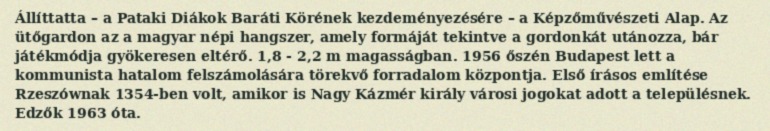
Állíttatta – a Pataki Diákok Baráti Körének kezdeményezésére – a Képzőművészeti Alap. Az ütőgardon az a magyar népi hangszer, amely formáját tekintve a gordonkát utánozza, bár játékmódja gyökeresen eltérő. 1,8 - 2,2 m magasságban. 1956 őszén Budapest lett a kommunista hatalom felszámolására törekvő forradalom központja. Első írásos említése Rzeszównak 1354-ben volt, amikor is Nagy Kázmér király városi jogokat adott a településnek. Edzők 1963 óta.